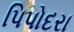
પિપોદરા